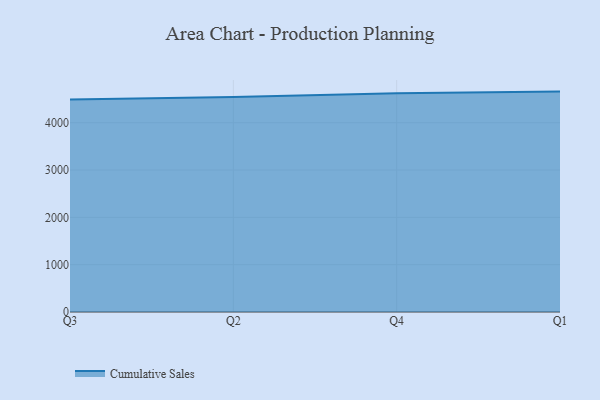
{"axis": {"x": "Quarter", "y": "Page Views"}, "legend": ["Cumulative Sales"], "data": [{"x": "Q3", "y": 4490.5, "type": "Cumulative Sales"}, {"x": "Q2", "y": 4543.7, "type": "Cumulative Sales"}, {"x": "Q4", "y": 4621.5, "type": "Cumulative Sales"}, {"x": "Q1", "y": 4657.4, "type": "Cumulative Sales"}]}